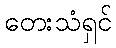
တေးသံရှင်